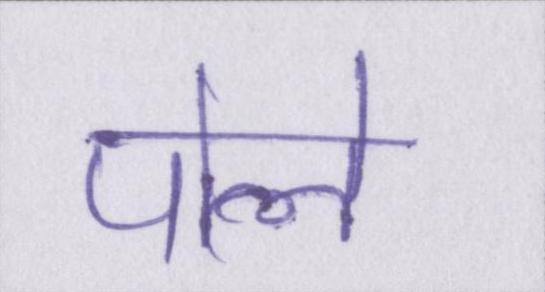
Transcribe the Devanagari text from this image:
पोले